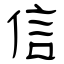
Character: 信